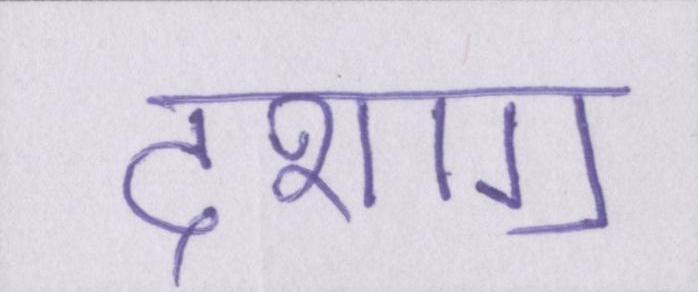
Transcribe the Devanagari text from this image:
दशाॻ